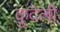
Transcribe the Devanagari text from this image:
कुदेली